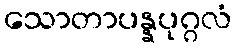
သောတာပန္နပုဂ္ဂလံ